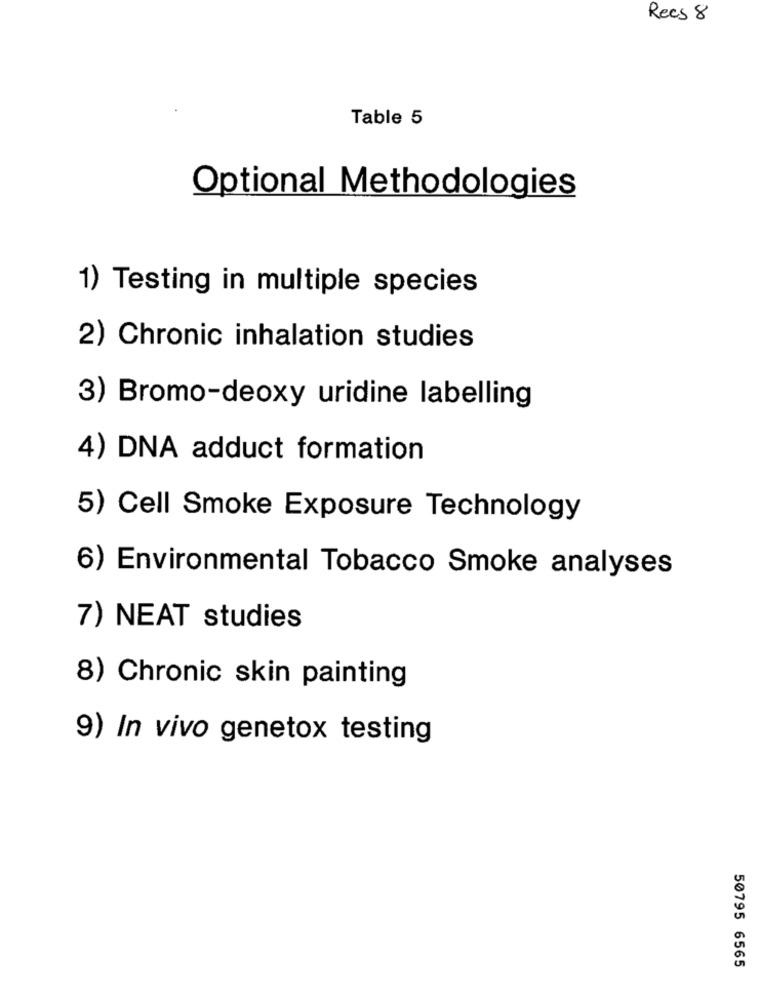
Recs 8
Table 5
Optional Methodologies
1) Testing in multiple species
2) Chronic inhalation studies
3) Bromo-deoxy uridine labelling
4) DNA adduct formation
5) Cell Smoke Exposure Technology
6) Environmental Tobacco Smoke analyses
7) NEAT studies
8) Chronic skin painting
9) In vivo genetox testing
50795 6565